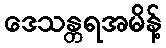
ဒေသန္တရအမိန့်